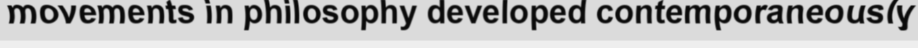
movements in philosophy developed contemporaneously